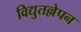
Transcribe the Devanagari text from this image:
विद्युतल्लेपन